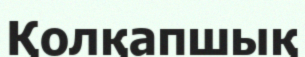
Қолқапшық